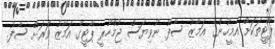
ޕާޓީތަކަށް އެމީހުންގެ އަމާޒު ސާފު ނުވިޔަސް ޖުމްހޫރީ ޕާޓީގެ އަމާޒު ވަރަށް ސާފު.